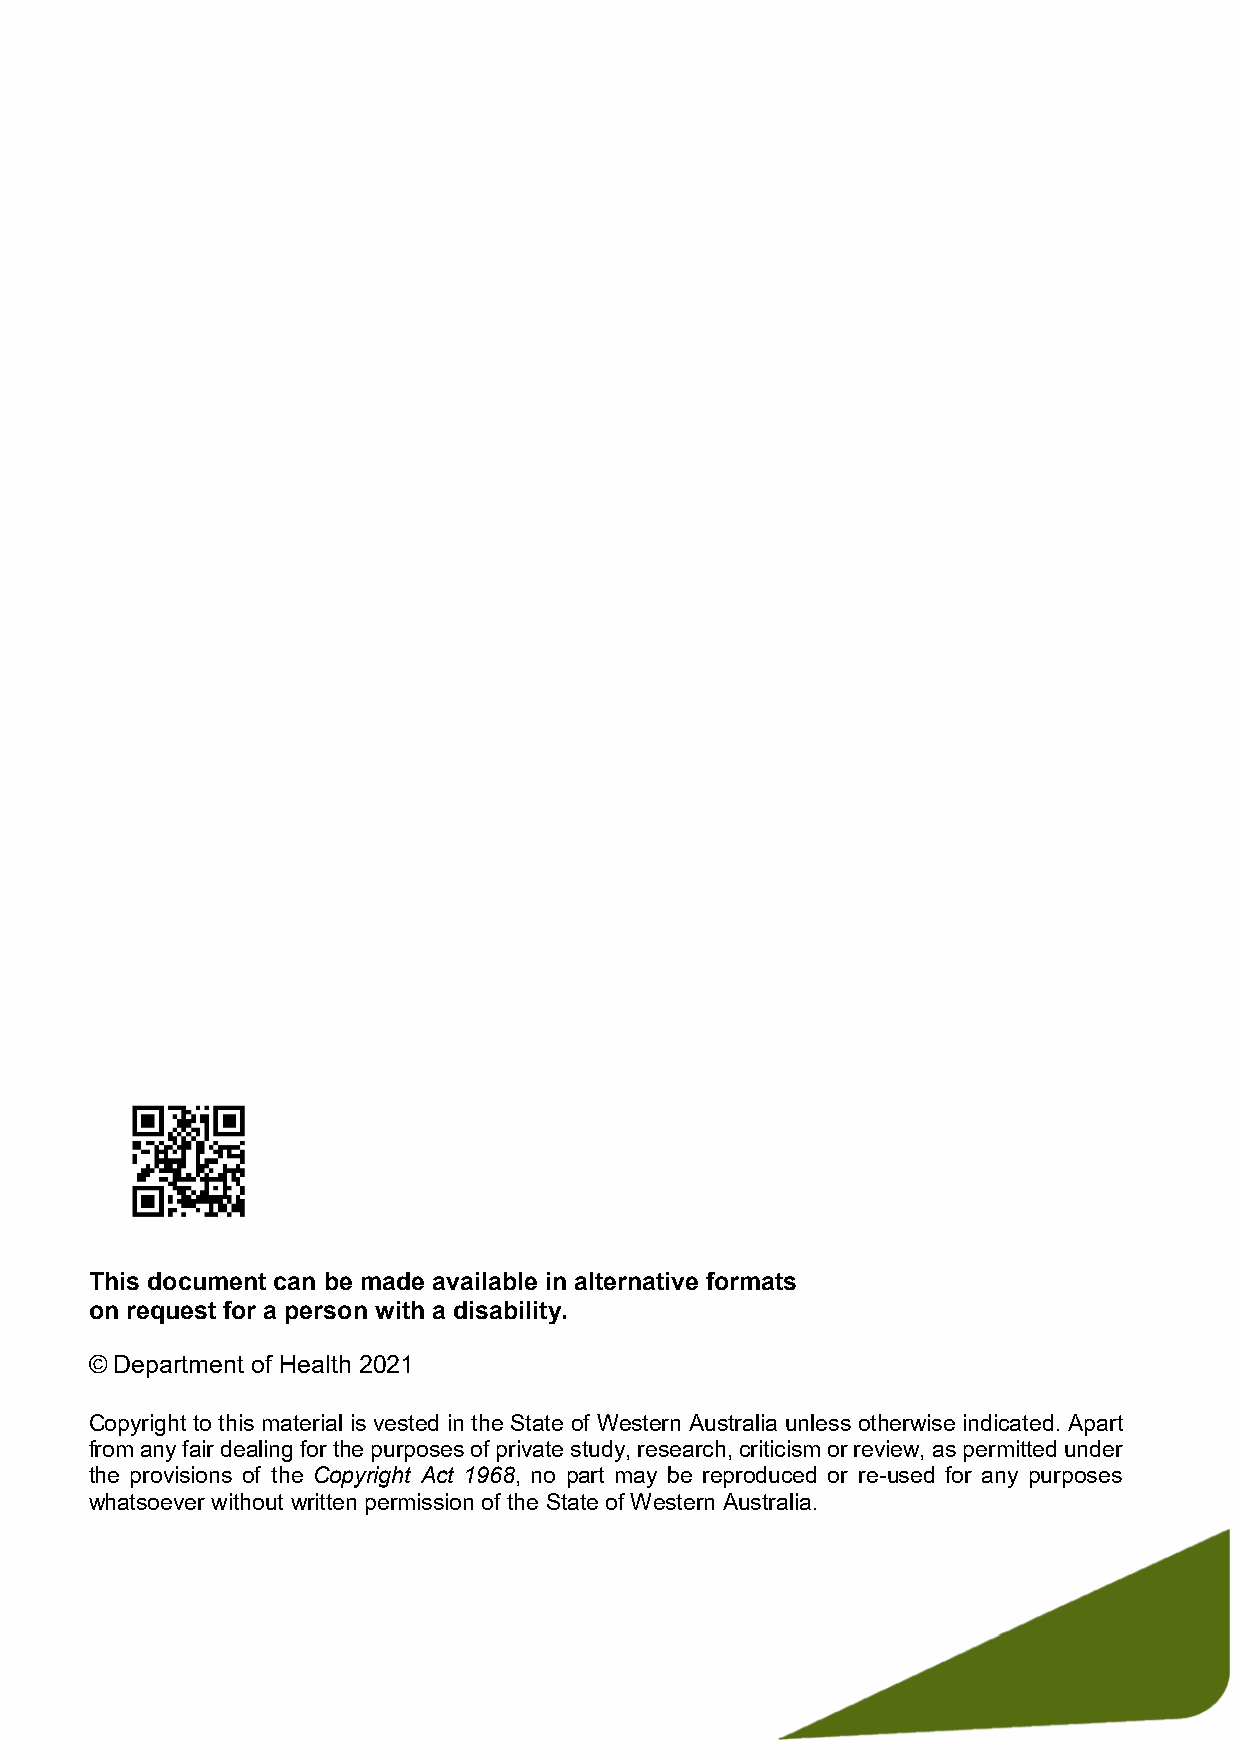
This document can be made available in alternative formats
 on request for a person with a disability.
 © Department of Health 2021
 Copyright to this material is vested in the State of Western Australia unless otherwise indicated. Apart
 from any fair dealing for the purposes of private study, research, criticism or review, as permitted under
 the provisions of the Copyright Act 1968, no part may be reproduced or re-used for any purposes
 whatsoever without written permission of the State of Western Australia.